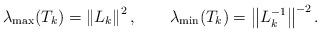
LaTeX: \begin{align*}\lambda_{\max}(T_{k})=\left\Vert L_{k}\right\Vert ^{2},\qquad\lambda_{\min}(T_{k})=\left\Vert L_{k}^{-1}\right\Vert ^{-2}.\end{align*}